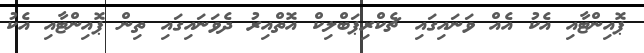
ޕޮއިންޓާއި އެކު އެއް ވަނައިގައި ޗެކްރިޕަބްލިކް އޮތްއިރު ދެވަނައިގައި ތިން ޕޮއިންޓާއި އެކު